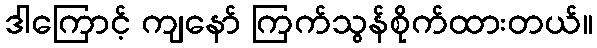
ဒါကြောင့် ကျနော် ကြက်သွန်စိုက်ထားတယ်။